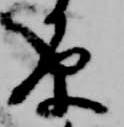
原